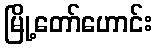
မြို့တော်ဟောင်း